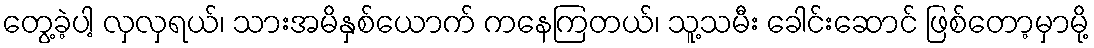
တွေ့ခဲ့ပါ့ လှလှရယ်၊ သားအမိနှစ်ယောက် ကနေကြတယ်၊ သူ့သမီး ခေါင်းဆောင် ဖြစ်တော့မှာမို့